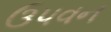
ઉપવન